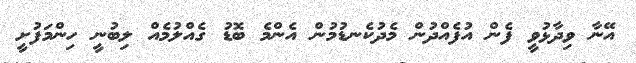
އޭނާ ވިދާޅުވީ ފެން އުފެއްދުން މެދުކެނޑުމުން އެންމެ ބޮޑު ގެއްލުމެއް ލިބުނީ ހިންމަފުށީ